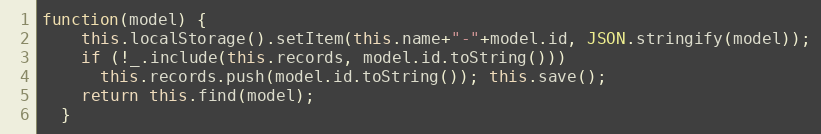
Language: JavaScript
function(model) {
    this.localStorage().setItem(this.name+"-"+model.id, JSON.stringify(model));
    if (!_.include(this.records, model.id.toString()))
      this.records.push(model.id.toString()); this.save();
    return this.find(model);
  }